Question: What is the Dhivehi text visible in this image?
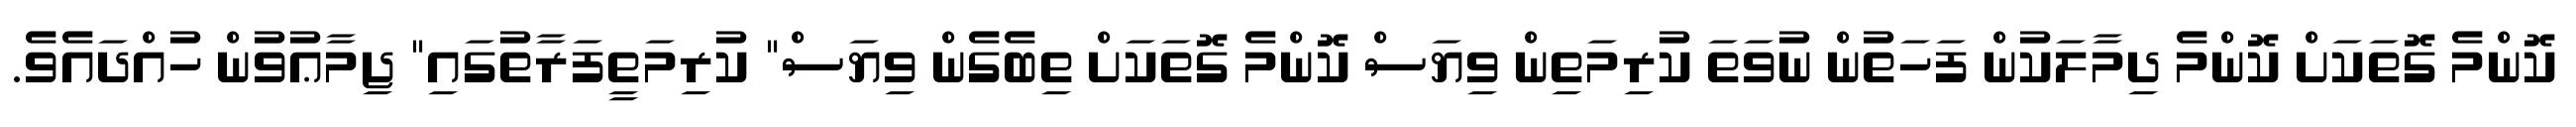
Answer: ކޮންމެ ގޮތަކަށް ކޮންމެ ދިމާލަކުން ފަހަތުން ނުވަތަ ކުރިމަތިން ވިޔަސް ކޮންމެ ގޮތަކަށް ތިބެގެން ވިޔަސް" ކުރިމަތީފަރާތުގައި" ޖިމާޢުވުން ހުއްދައެވެ.